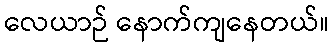
လေယာဉ် နောက်ကျနေတယ်။